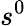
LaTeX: s^{0}